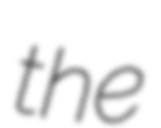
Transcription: the